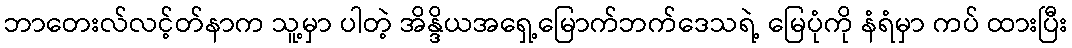
ဘာတေးလ်လင့်တ်နာက သူ့မှာ ပါတဲ့ အိန္ဒိယအရှေ့မြောက်ဘက်ဒေသရဲ့ မြေပုံကို နံရံမှာ ကပ် ထားပြီး